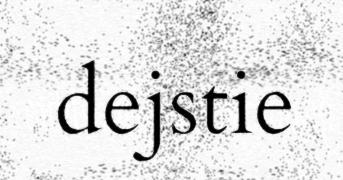
dejstie